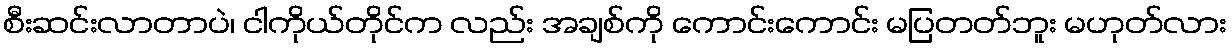
စီးဆင်းလာတာပဲ၊ ငါကိုယ်တိုင်က လည်း အချစ်ကို ကောင်းကောင်း မပြတတ်ဘူး မဟုတ်လား